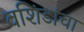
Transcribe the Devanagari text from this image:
वशिंडांचा